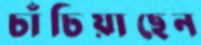
চাঁচিয়াছেন